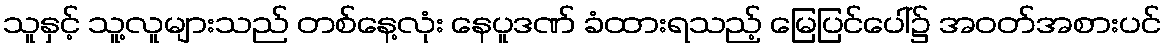
သူနှင့် သူ့လူများသည် တစ်နေ့လုံး နေပူဒဏ် ခံထားရသည့် မြေပြင်ပေါ်၌ အဝတ်အစားပင်